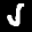
Label: 5